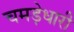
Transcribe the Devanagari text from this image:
चमड़ेधारी